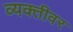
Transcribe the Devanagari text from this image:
व्‍यक्‍तीवर